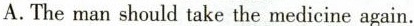
A.The man should take the medicine again.